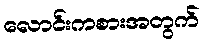
လောင်းကစားအတွက်